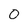
Character: 0